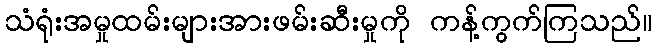
သံရုံးအမှုထမ်းများအားဖမ်းဆီးမှုကို ကန့်ကွက်ကြသည်။